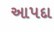
આપદા